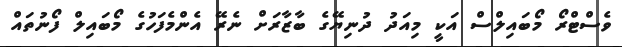
ވެސްޓްރޯ މޯބައިލްސް އަކީ މިއަދު ދުނިޔޭގެ ބާޒާރަށް ނެރޭ އެންމެފަހުގެ މޯބައިލް ފޯނުތައް